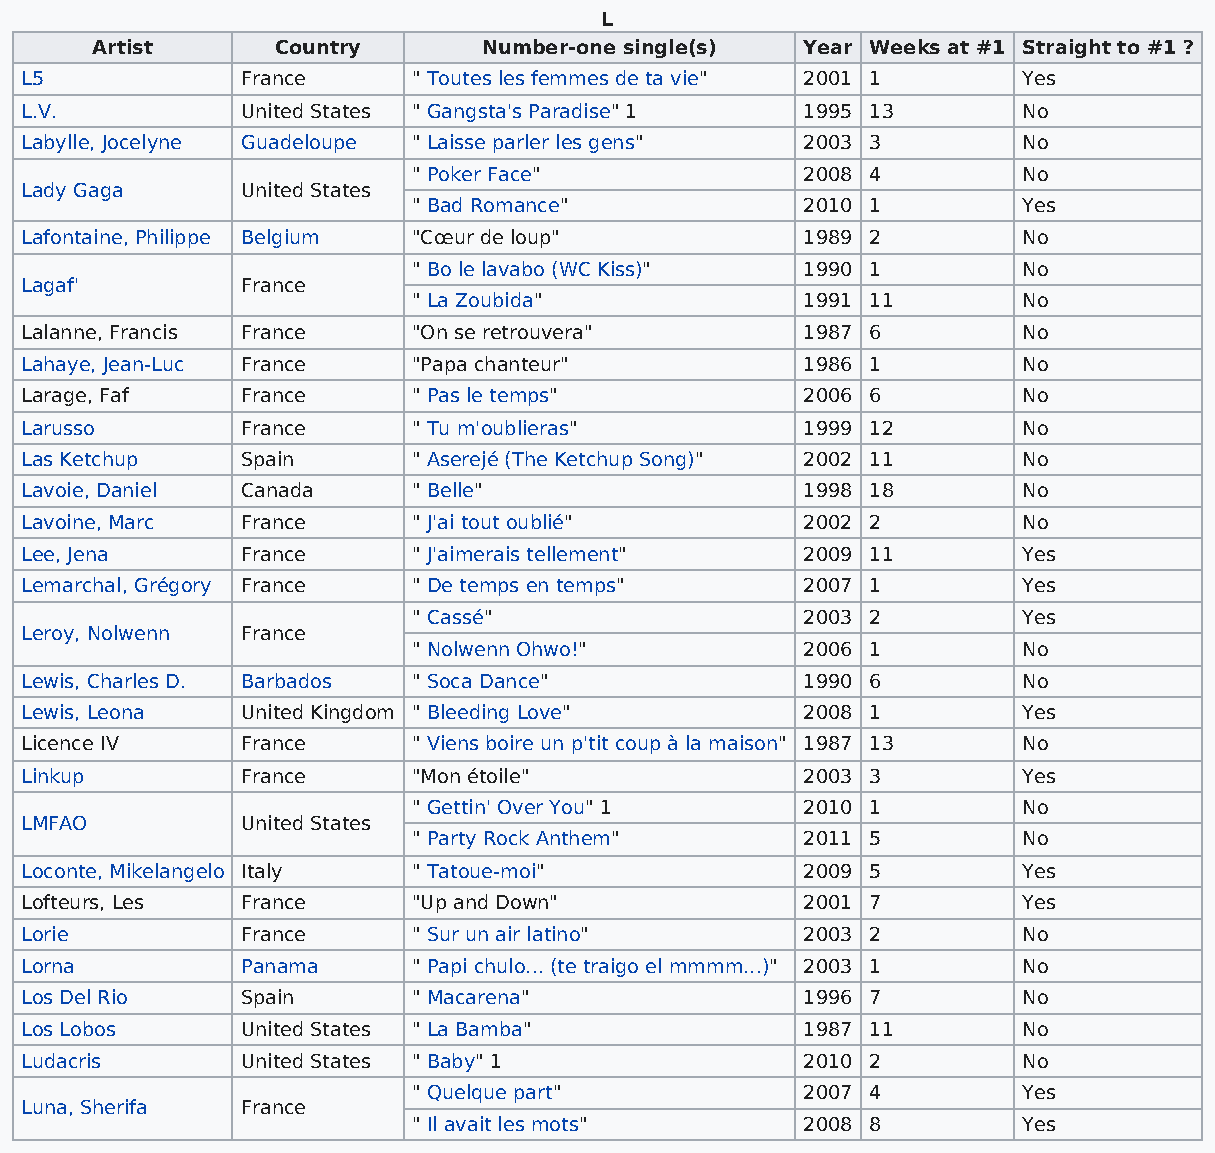
L
 Artist      Country       Number-one single(s) Year Weeks at #1 Straight to #1 ?
 L5             France     " Toutes les femmes de ta vie" 2001 1    Yes
 L.V.           United States " Gangsta's Paradise" 1 1995 13       No
 Labylle, Jocelyne Guadeloupe " Laisse parler les gens" 2003 3      No
 " Poker Face"             2008 4         No
 Lady Gaga      United States
 " Bad Romance"            2010 1         Yes
 Lafontaine, Philippe Belgium "Cœur de loup"         1989 2         No
 " Bo le lavabo (WC Kiss)" 1990 1         No
 Lagaf'         France
 " La Zoubida"             1991 11        No
 Lalanne, Francis France   "On se retrouvera"        1987 6         No
 Lahaye, Jean-Luc France   "Papa chanteur"           1986 1         No
 Larage, Faf    France     " Pas le temps"           2006 6         No
 Larusso        France     " Tu m'oublieras"         1999 12        No
 Las Ketchup    Spain      " Aserejé (The Ketchup Song)" 2002 11    No
 Lavoie, Daniel Canada     " Belle"                  1998 18        No
 Lavoine, Marc  France     " J'ai tout oublié"       2002 2         No
 Lee, Jena      France     " J'aimerais tellement"   2009 11        Yes
 Lemarchal, Grégory France " De temps en temps"      2007 1         Yes
 " Cassé"                  2003 2         Yes
 Leroy, Nolwenn France
 " Nolwenn Ohwo!"          2006 1         No
 Lewis, Charles D. Barbados " Soca Dance"            1990 6         No
 Lewis, Leona   United Kingdom " Bleeding Love"      2008 1         Yes
 Licence IV     France     " Viens boire un p'tit coup à la maison" 1987 13 No
 Linkup         France     "Mon étoile"              2003 3         Yes
 " Gettin' Over You" 1     2010 1         No
 LMFAO          United States
 " Party Rock Anthem"      2011 5         No
 Loconte, Mikelangelo Italy " Tatoue-moi"            2009 5         Yes
 Lofteurs, Les  France     "Up and Down"             2001 7         Yes
 Lorie          France     " Sur un air latino"      2003 2         No
 Lorna          Panama     " Papi chulo... (te traigo el mmmm...)" 2003 1 No
 Los Del Rio    Spain      " Macarena"               1996 7         No
 Los Lobos      United States " La Bamba"            1987 11        No
 Ludacris       United States " Baby" 1              2010 2         No
 " Quelque part"           2007 4         Yes
 Luna, Sherifa  France
 " Il avait les mots"      2008 8         Yes